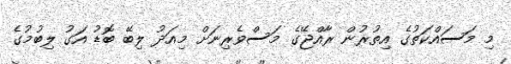
މި މަސައްކަތުގެ އިތުރުން ރާއްޖޭގެ މަސްވެރިނަށް މިއަދު ލިބޭ ބޮޑު އަގު ލިބުމުގެ